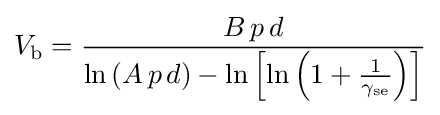
V_{\mathrm {b} }={\frac {B\,p\,d}{\ln \left(A\,p\,d\right)-\ln \left[\ln \left(1+{\frac {1}{\gamma _{\mathrm {se} }}}\right)\right]}}